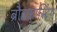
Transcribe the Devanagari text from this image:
ब्रौडकास्टिंग